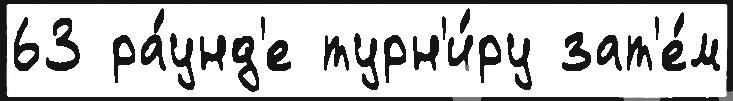
63 ра́унд'е турн'и́ру зат'е́м